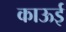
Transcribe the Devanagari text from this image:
काऊई